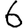
Digit: 6